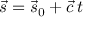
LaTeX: { \vec { s } } = { \vec { s } } _ { 0 } + { \vec { c } } \, t